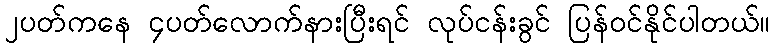
၂ပတ်ကနေ ၄ပတ်လောက်နားပြီးရင် လုပ်ငန်းခွင် ပြန်ဝင်နိုင်ပါတယ်။